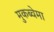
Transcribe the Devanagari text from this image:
मुकब्वेमा